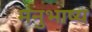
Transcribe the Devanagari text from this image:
मनुभाष्य